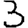
Digit: 3